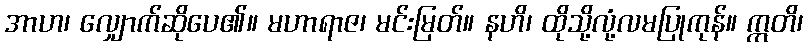
အာဟ၊ လျှောက်ဆိုပေ၏။ မဟာရာဇ၊ မင်းမြတ်။ နဟိ၊ ထိုသို့လုံ့လမပြုကုန်။ ဣတိ၊